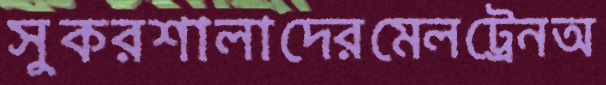
সুকরশালাদেরমেলট্রেনঅ